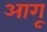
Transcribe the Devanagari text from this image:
आगू